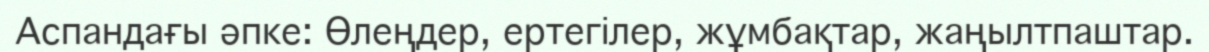
Аспандағы әпке: Өлеңдер, ертегілер, жұмбақтар, жаңылтпаштар.